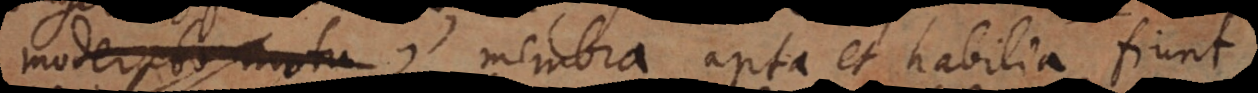
moderato motu,, membra apta et habilia fiunt,